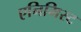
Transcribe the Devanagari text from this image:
एनिमिस्ट